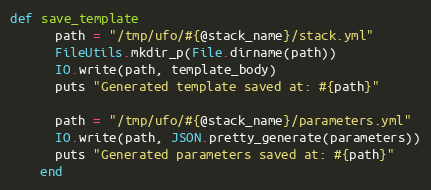
Language: Ruby
def save_template
      path = "/tmp/ufo/#{@stack_name}/stack.yml"
      FileUtils.mkdir_p(File.dirname(path))
      IO.write(path, template_body)
      puts "Generated template saved at: #{path}"

      path = "/tmp/ufo/#{@stack_name}/parameters.yml"
      IO.write(path, JSON.pretty_generate(parameters))
      puts "Generated parameters saved at: #{path}"
    end